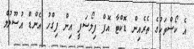
އެ ކޯސްތަކުގެ ތެރެއިން ޑޮކްޓާ އޮފް ފިލޯސަފީ އިން ފިގްހު އެންޑް އުސޫލުލް